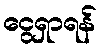
ငွေရှာရန်